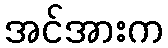
အင်အားက